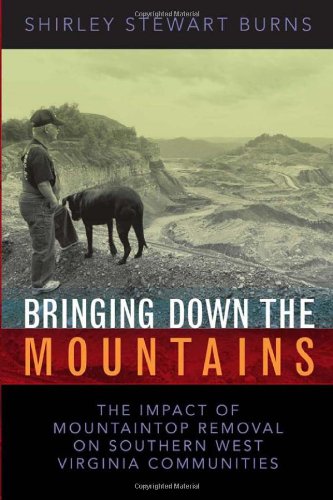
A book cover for Bringing Down the Mountains: The Impact of Mountaintop Removal on Southern West Virginia Communities; Shirley Stewart Burns; Science & Math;